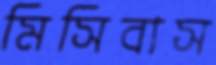
মিসিবাস